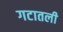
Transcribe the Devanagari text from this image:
गटातली